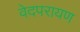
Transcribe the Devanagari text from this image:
वेदपरायण